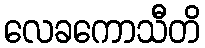
လေခကောသီတိ